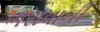
ભરાવાની